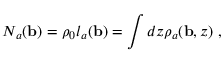
N _ { a } ( { \bf b } ) = \rho _ { 0 } l _ { a } ( { \bf b } ) = \int d z \rho _ { a } ( { \bf b } , z ) ~ ,